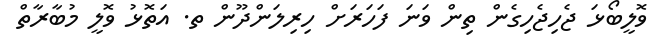
ވޮލީބޯޅަ ޖެހިޖެހިގެން ތިން ވަނަ ފަހަރަށް ހިރިލަންދޫން ތ. އަތޮޅު ވޮލީ މުބާރާތް